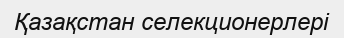
Қазақстан селекционерлері